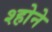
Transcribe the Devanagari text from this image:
श्होने